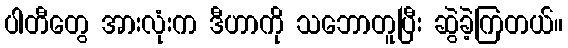
ပါတီတွေ အားလုံးက ဒီဟာကို သဘောတူပြီး ဆွဲခဲ့ကြတယ်။